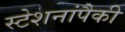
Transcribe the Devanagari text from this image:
स्टेशनांपैकी